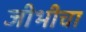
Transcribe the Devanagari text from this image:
जीभीचा